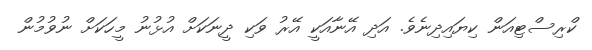
ކްރިސްޓިއަން ކިޔައިދިނެވެ. އަދި އޭނާއަކީ އޭރު ވަކި ދީނަކަށް އުޅުނު މީހަކަށް ނުވުމުން